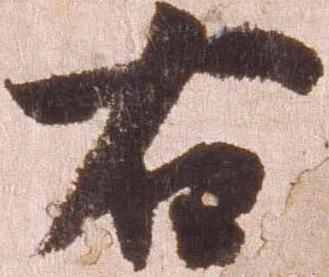
右